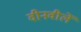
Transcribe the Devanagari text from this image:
वीनवीलें